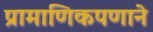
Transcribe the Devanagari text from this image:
प्रामाणिकपणाने